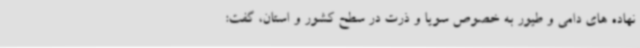
نهاده های دامی و طیور به خصوص سویا و ذرت در سطح کشور و استان، گفت: